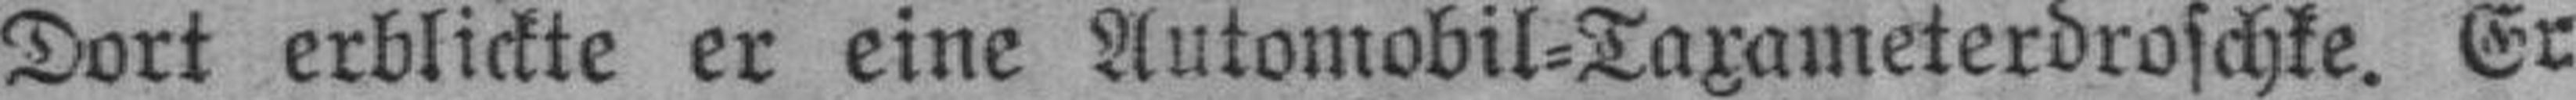
Dort erblickte er eine Automobil=Taxameterdroschke. Er